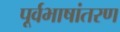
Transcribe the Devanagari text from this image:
पूर्वभाषांतरण